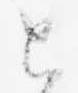
と